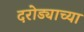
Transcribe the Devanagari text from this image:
दरोड्याच्या